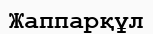
Жаппарқұл